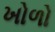
ખોળો